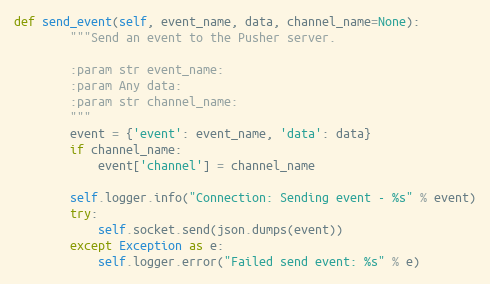
Language: Python
def send_event(self, event_name, data, channel_name=None):
        """Send an event to the Pusher server.

        :param str event_name:
        :param Any data:
        :param str channel_name:
        """
        event = {'event': event_name, 'data': data}
        if channel_name:
            event['channel'] = channel_name

        self.logger.info("Connection: Sending event - %s" % event)
        try:
            self.socket.send(json.dumps(event))
        except Exception as e:
            self.logger.error("Failed send event: %s" % e)